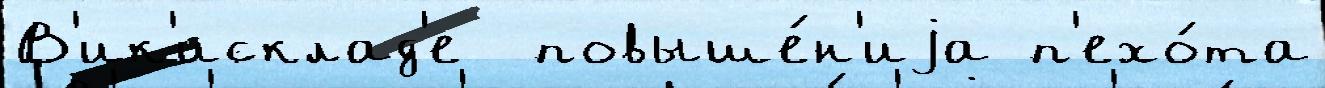
В'ик'исклад'е  повыше́н'иjа п'ехо́та